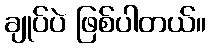
ချုပ်ပဲ ဖြစ်ပါတယ်။